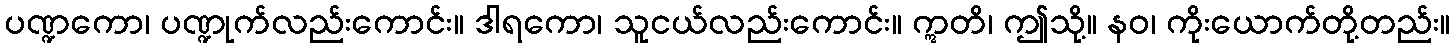
ပဏ္ဍကော၊ ပဏ္ဍုက်လည်းကောင်း။ ဒါရကော၊ သူငယ်လည်းကောင်း။ ဣတိ၊ ဤသို့။ နဝ၊ ကိုးယောက်တို့တည်း။